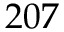
2 0 7